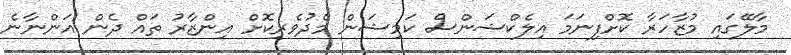
މާލޭގައި މުޒާހަރާ ކޮށްފިނަމަ އިލެކްޝަންސް ކަމިޝަން މެދުވެރިކޮށް އިންޒާރު ތައް ދެން އަންނާނެ